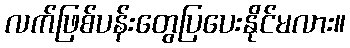
လက်ဖြစ်ပန်းတွေပြပေးနိုင်မလား။